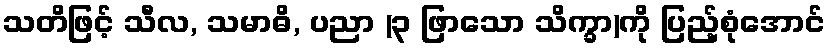
သတိဖြင့် သီလ, သမာဓိ, ပညာ (၃ ဖြာသော သိက္ခာ)ကို ပြည့်စုံအောင်